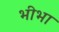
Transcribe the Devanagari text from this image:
भीभा